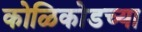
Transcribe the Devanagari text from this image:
कोळिकोडच्या